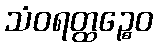
သံဝရတ္ထဉ္စေဝ